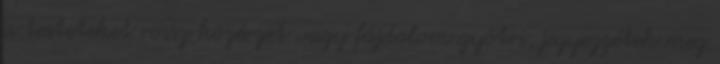
a testeteket rossz közérzet vagy fájdalom gyötri, jegyezzétek meg